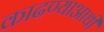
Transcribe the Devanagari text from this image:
काढण्याआधी